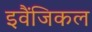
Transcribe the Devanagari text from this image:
इवैंजिकल